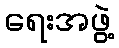
ရေးအဖွဲ့